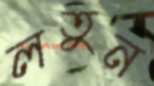
লতুন